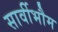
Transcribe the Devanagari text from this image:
सार्वीभौम